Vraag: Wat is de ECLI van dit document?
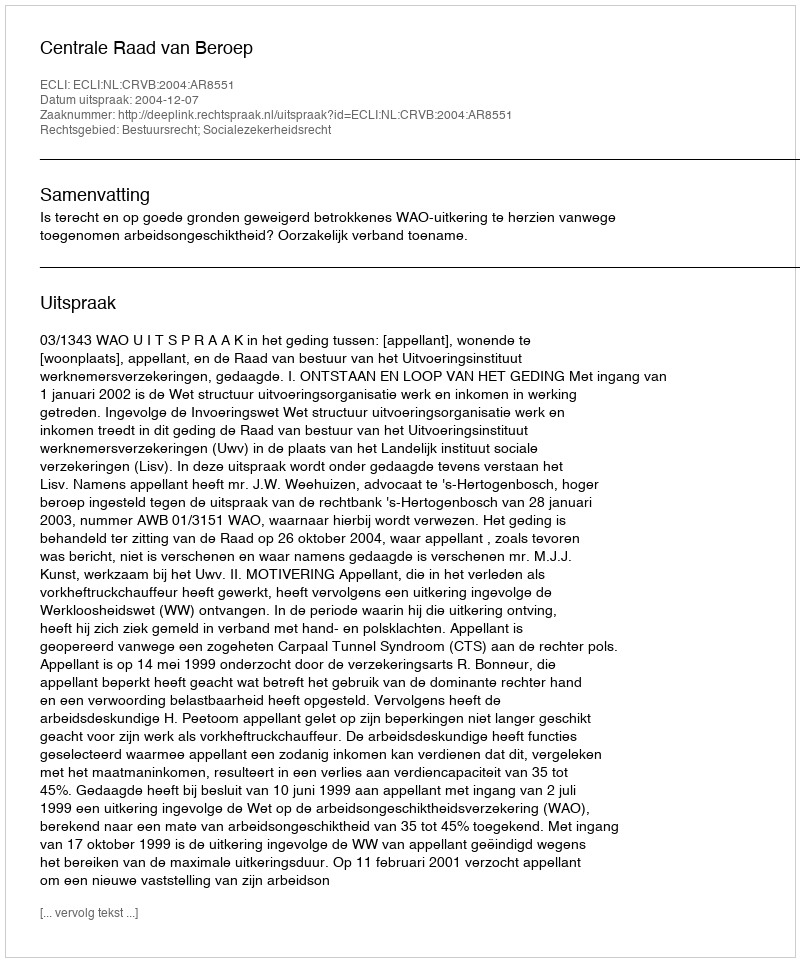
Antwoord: ECLI:NL:CRVB:2004:AR8551